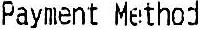
PAYMENT METHOD